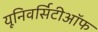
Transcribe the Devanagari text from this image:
यूनिवर्सिटीऑफ